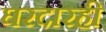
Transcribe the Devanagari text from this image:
घरदारही